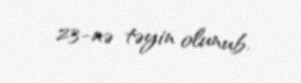
23-nə təyin olunub.